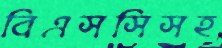
বিএসসিসহ